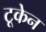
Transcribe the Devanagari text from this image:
टूकेन